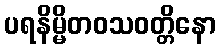
ပရနိမ္မိတဝသဝတ္တိနော